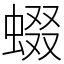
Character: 蝃